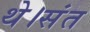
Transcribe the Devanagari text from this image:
थे।संत